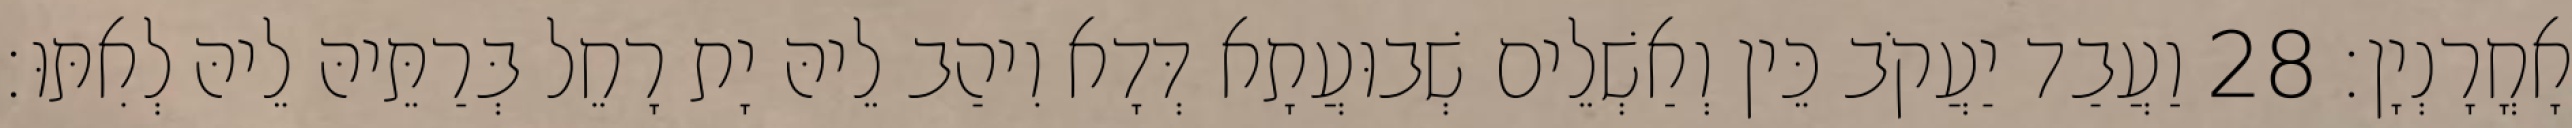
אָחֳרָנְיָן׃ 28 וַעֲבַד יַעֲקֹב כֵּין וְאַשְׁלֵים שְׁבוּעֲתָא דְּדָא וִיהַב לֵיהּ יָת רָחֵל בְּרַתֵּיהּ לֵיהּ לְאִתּוּ׃